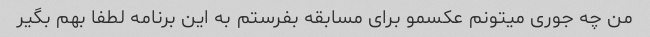
من چه جوری میتونم عکسمو برای مسابقه بفرستم به این برنامه لطفا بهم بگیر